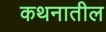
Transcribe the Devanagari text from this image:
कथनातील